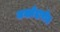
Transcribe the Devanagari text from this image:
मक्तेदारीत